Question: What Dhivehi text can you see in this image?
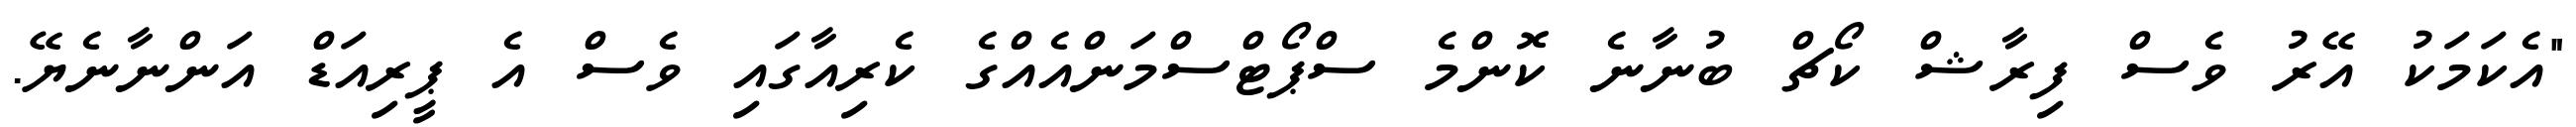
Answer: "އެކަމަކު އޭރު ވެސް ފިރާޝް ކޯޗް ބުނާނެ ކޮންމެ ސްޕޯޓްސްމަންއެއްގެ ކެރިއާގައި ވެސް އެ ޕީރިއަޑް އަންނާނެޔޭ.